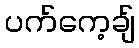
ပက်ကေ့ချ်